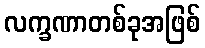
လက္ခဏာတစ်ခုအဖြစ်